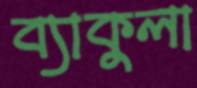
ব্যাকুলা